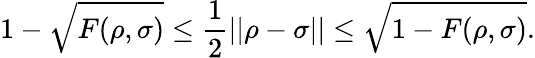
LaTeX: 1-{\sqrt{F(\rho,\sigma)}}\leq{\frac{1}{2}}||\rho-\sigma||\leq{\sqrt{1-F(\rho,\sigma)}}.